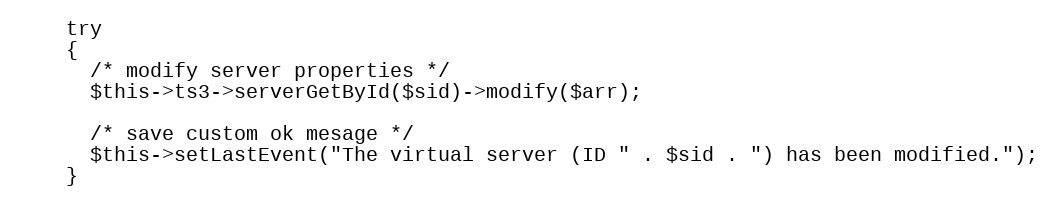
Language: PHP
    try
    {
      /* modify server properties */
      $this->ts3->serverGetById($sid)->modify($arr);

      /* save custom ok mesage */
      $this->setLastEvent("The virtual server (ID " . $sid . ") has been modified.");
    }